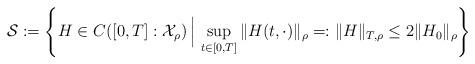
LaTeX: \begin{align*}\mathcal{S}:=\left\{H\in C([0,T]:\mathcal{X}_\rho)\,\Big|\,\sup_{t\in[0,T]}\|H(t,\cdot)\|_\rho=:\|H\|_{T,\rho}\leq2\|H_0\|_\rho\right\}\end{align*}